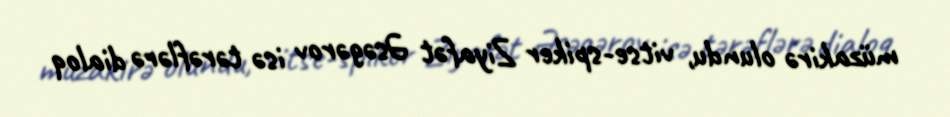
müzakirə olundu, vitse-spiker Ziyafət Əsəgərov isə tərəflərə dialoq